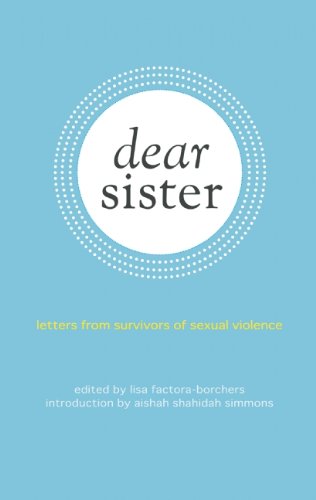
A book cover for Dear Sister: Letters From Survivors of Sexual Violence; Politics & Social Sciences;